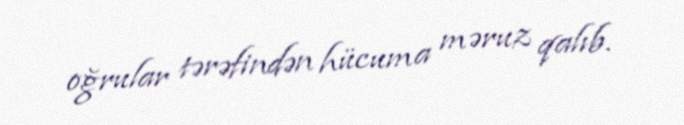
oğrular tərəfindən hücuma məruz qalıb.